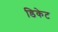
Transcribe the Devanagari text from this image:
डिकेट